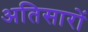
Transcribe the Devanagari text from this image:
अतिसारों